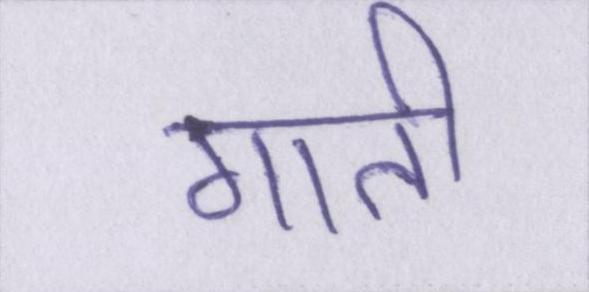
गाती